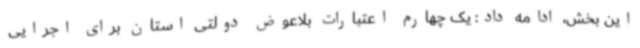
این بخش، ادامه داد: یک چهارم اعتبارات بلاعوض دولتی استان برای اجرایی